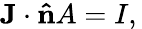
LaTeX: \mathbf{J}\cdot\mathbf{\hat{n}}A=I,\,